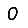
Digit: 0